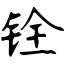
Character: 铨